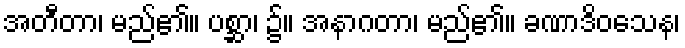
အတီတာ၊ မည်၏။ ပစ္ဆာ၊ ၌။ အနာဂတာ၊ မည်၏။ ခဏာဒိဝသေန၊